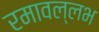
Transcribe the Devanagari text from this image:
रमावल्लभ